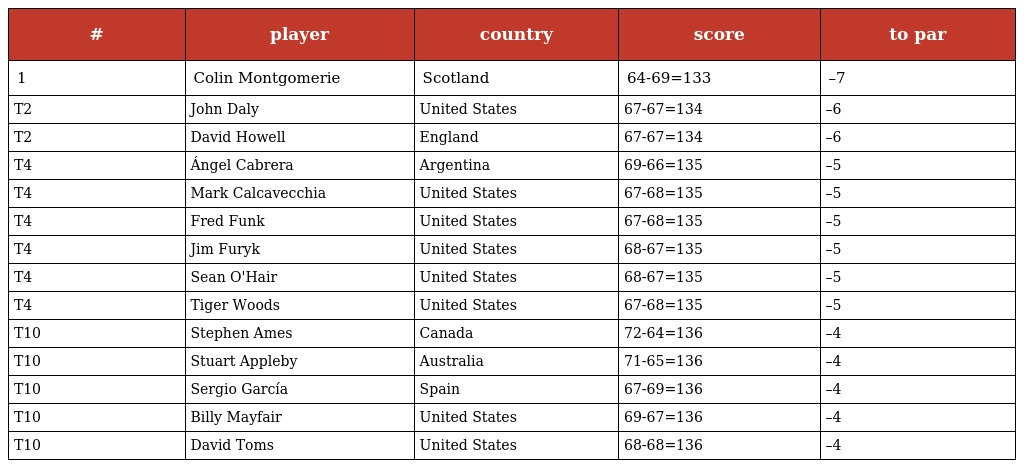
| # | player | country | score | to par |
 | --- | --- | --- | --- | --- |
 | 1 | Colin Montgomerie | Scotland | 64-69=133 | –7 |
 | T2 | John Daly | United States | 67-67=134 | –6 |
 | T2 | David Howell | England | 67-67=134 | –6 |
 | T4 | Ángel Cabrera | Argentina | 69-66=135 | –5 |
 | T4 | Mark Calcavecchia | United States | 67-68=135 | –5 |
 | T4 | Fred Funk | United States | 67-68=135 | –5 |
 | T4 | Jim Furyk | United States | 68-67=135 | –5 |
 | T4 | Sean O'Hair | United States | 68-67=135 | –5 |
 | T4 | Tiger Woods | United States | 67-68=135 | –5 |
 | T10 | Stephen Ames | Canada | 72-64=136 | –4 |
 | T10 | Stuart Appleby | Australia | 71-65=136 | –4 |
 | T10 | Sergio García | Spain | 67-69=136 | –4 |
 | T10 | Billy Mayfair | United States | 69-67=136 | –4 |
 | T10 | David Toms | United States | 68-68=136 | –4 |